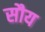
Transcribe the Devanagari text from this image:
सौय